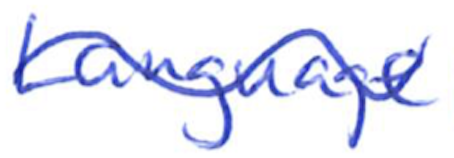
Text: Language
Cross-out: wave
Writing tool: ballpoint